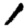
Digit: 1